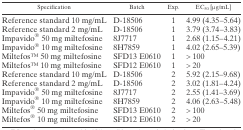
| Specification | Batch | Exp. | EC50 [μg/mL] |
 | --- | --- | --- | --- |
 | Reference standard 10 mg/mL | D-18506 | 1 | 4.99 (4.35–5.64) |
 | Reference standard 2 mg/mL | D-18506 | 1 | 3.79 (3.74–3.83) |
 | Impavido® 50 mg miltefosine | 8J7717 | 1 | 2.68 (1.15–4.21) |
 | Impavido® 10 mg miltefosine | 8H7859 | 1 | 4.02 (2.65–5.39) |
 | MiltefosTM 50 mg miltefosine | SFD13 E0610 | 1 | > 100 |
 | MiltefosTM 10 mg miltefosine | SFD12 E0610 | 1 | > 20 |
 | Reference standard 10 mg/mL | D-18506 | 2 | 5.92 (2.15–9.68) |
 | Reference standard 2 mg/mL | D-18506 | 2 | 3.02 (1.81–4.24) |
 | Impavido® 50 mg miltefosine | 8J7717 | 2 | 2.55 (1.41–3.69) |
 | Impavido® 10 mg miltefosine | 8H7859 | 2 | 4.06 (2.63–5.48) |
 | Miltefos® 50 mg miltefosine | SFD13 E0610 | 2 | > 100 |
 | Miltefos® 10 mg miltefosine | SFD12 E0610 | 2 | > 20 |